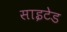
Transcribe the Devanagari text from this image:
साइटेड